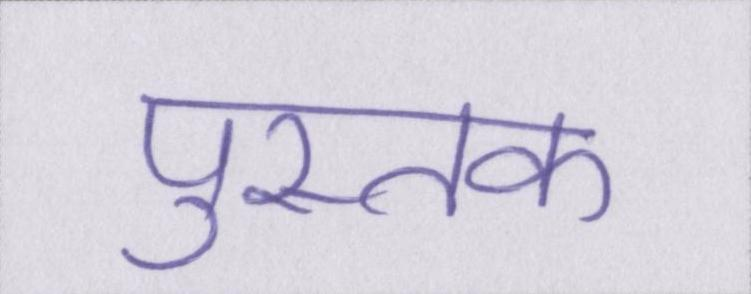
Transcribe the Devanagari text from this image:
पुस्तक